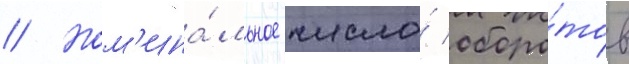
// Ном'ина́льное число́ оборо́тов